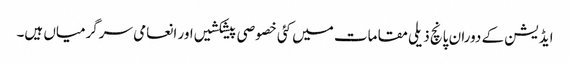
ایڈیشن کے دوران پانچ ذیلی مقامات میں کئی خصوصی پیشکشیں اور انعامی سرگرمیاں ہیں۔